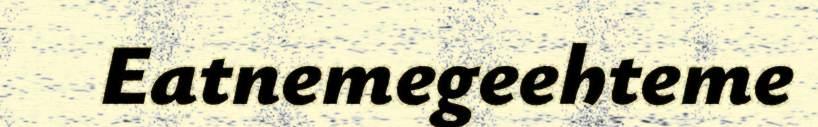
Eatnemegeehteme